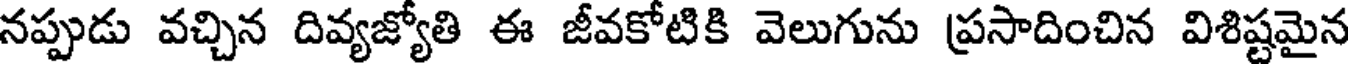
నప్పుడు వచ్చిన దివ్యజ్యోతి ఈ జీవకోటికి వెలుగును ప్రసాదించిన విశిష్టమైన